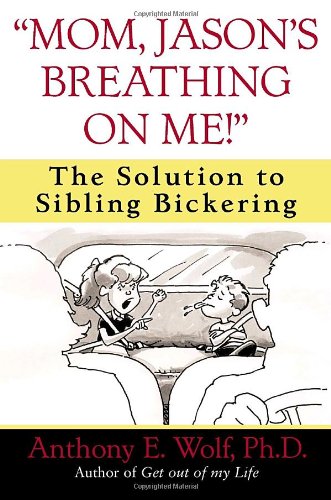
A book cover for "Mom, Jason's Breathing on Me!": The Solution to Sibling Bickering; Anthony Wolf; Parenting & Relationships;